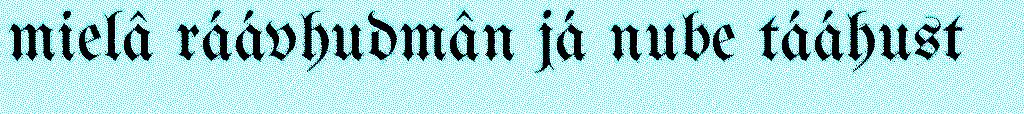
mielâ ráávhudmân já nube tááhust